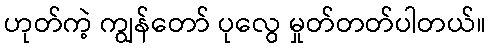
ဟုတ်ကဲ့ ကျွန်တော် ပုလွေ မှုတ်တတ်ပါတယ်။